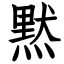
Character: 黙